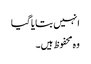
انہیں بتایا گیا
وہ محفوظ ہیں۔